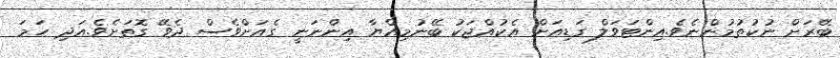
ބޭރަށް ނުކުތުމުންނެވެ.އިންޓަވަލް ގަޑިއަށް އެކުއްޖަކު ބޭނުމިއްޔާ އިންނަނީ ގެއަށްވެސް ދެވޭ ގޮތަށެވެ.އަދި ހަމަ